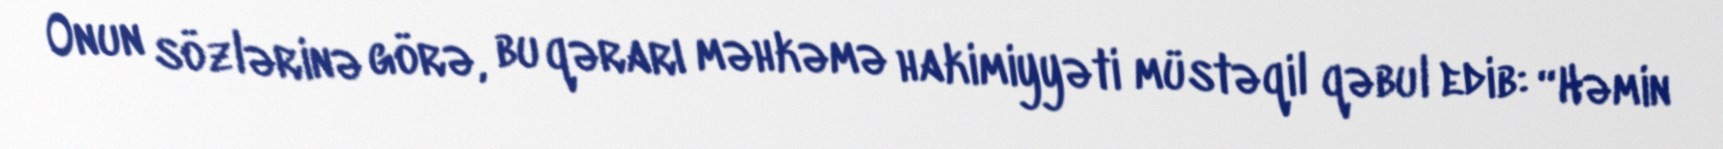
Onun sözlərinə görə, bu qərarı məhkəmə hakimiyyəti müstəqil qəbul edib: “Həmin